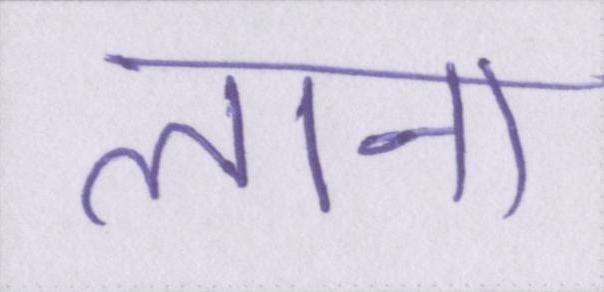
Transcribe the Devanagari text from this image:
लाना